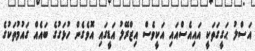
އަސްލު ޙަގީގަތަކީ އައިއެސްއައި އަކީވެސް އިޒްރޭލު އަޑީގައި އޮވެގެން ހުޅަގުގެ ބައެއް ގައުމުތަކުގެ